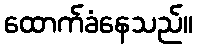
ထောက်ခံနေသည်။